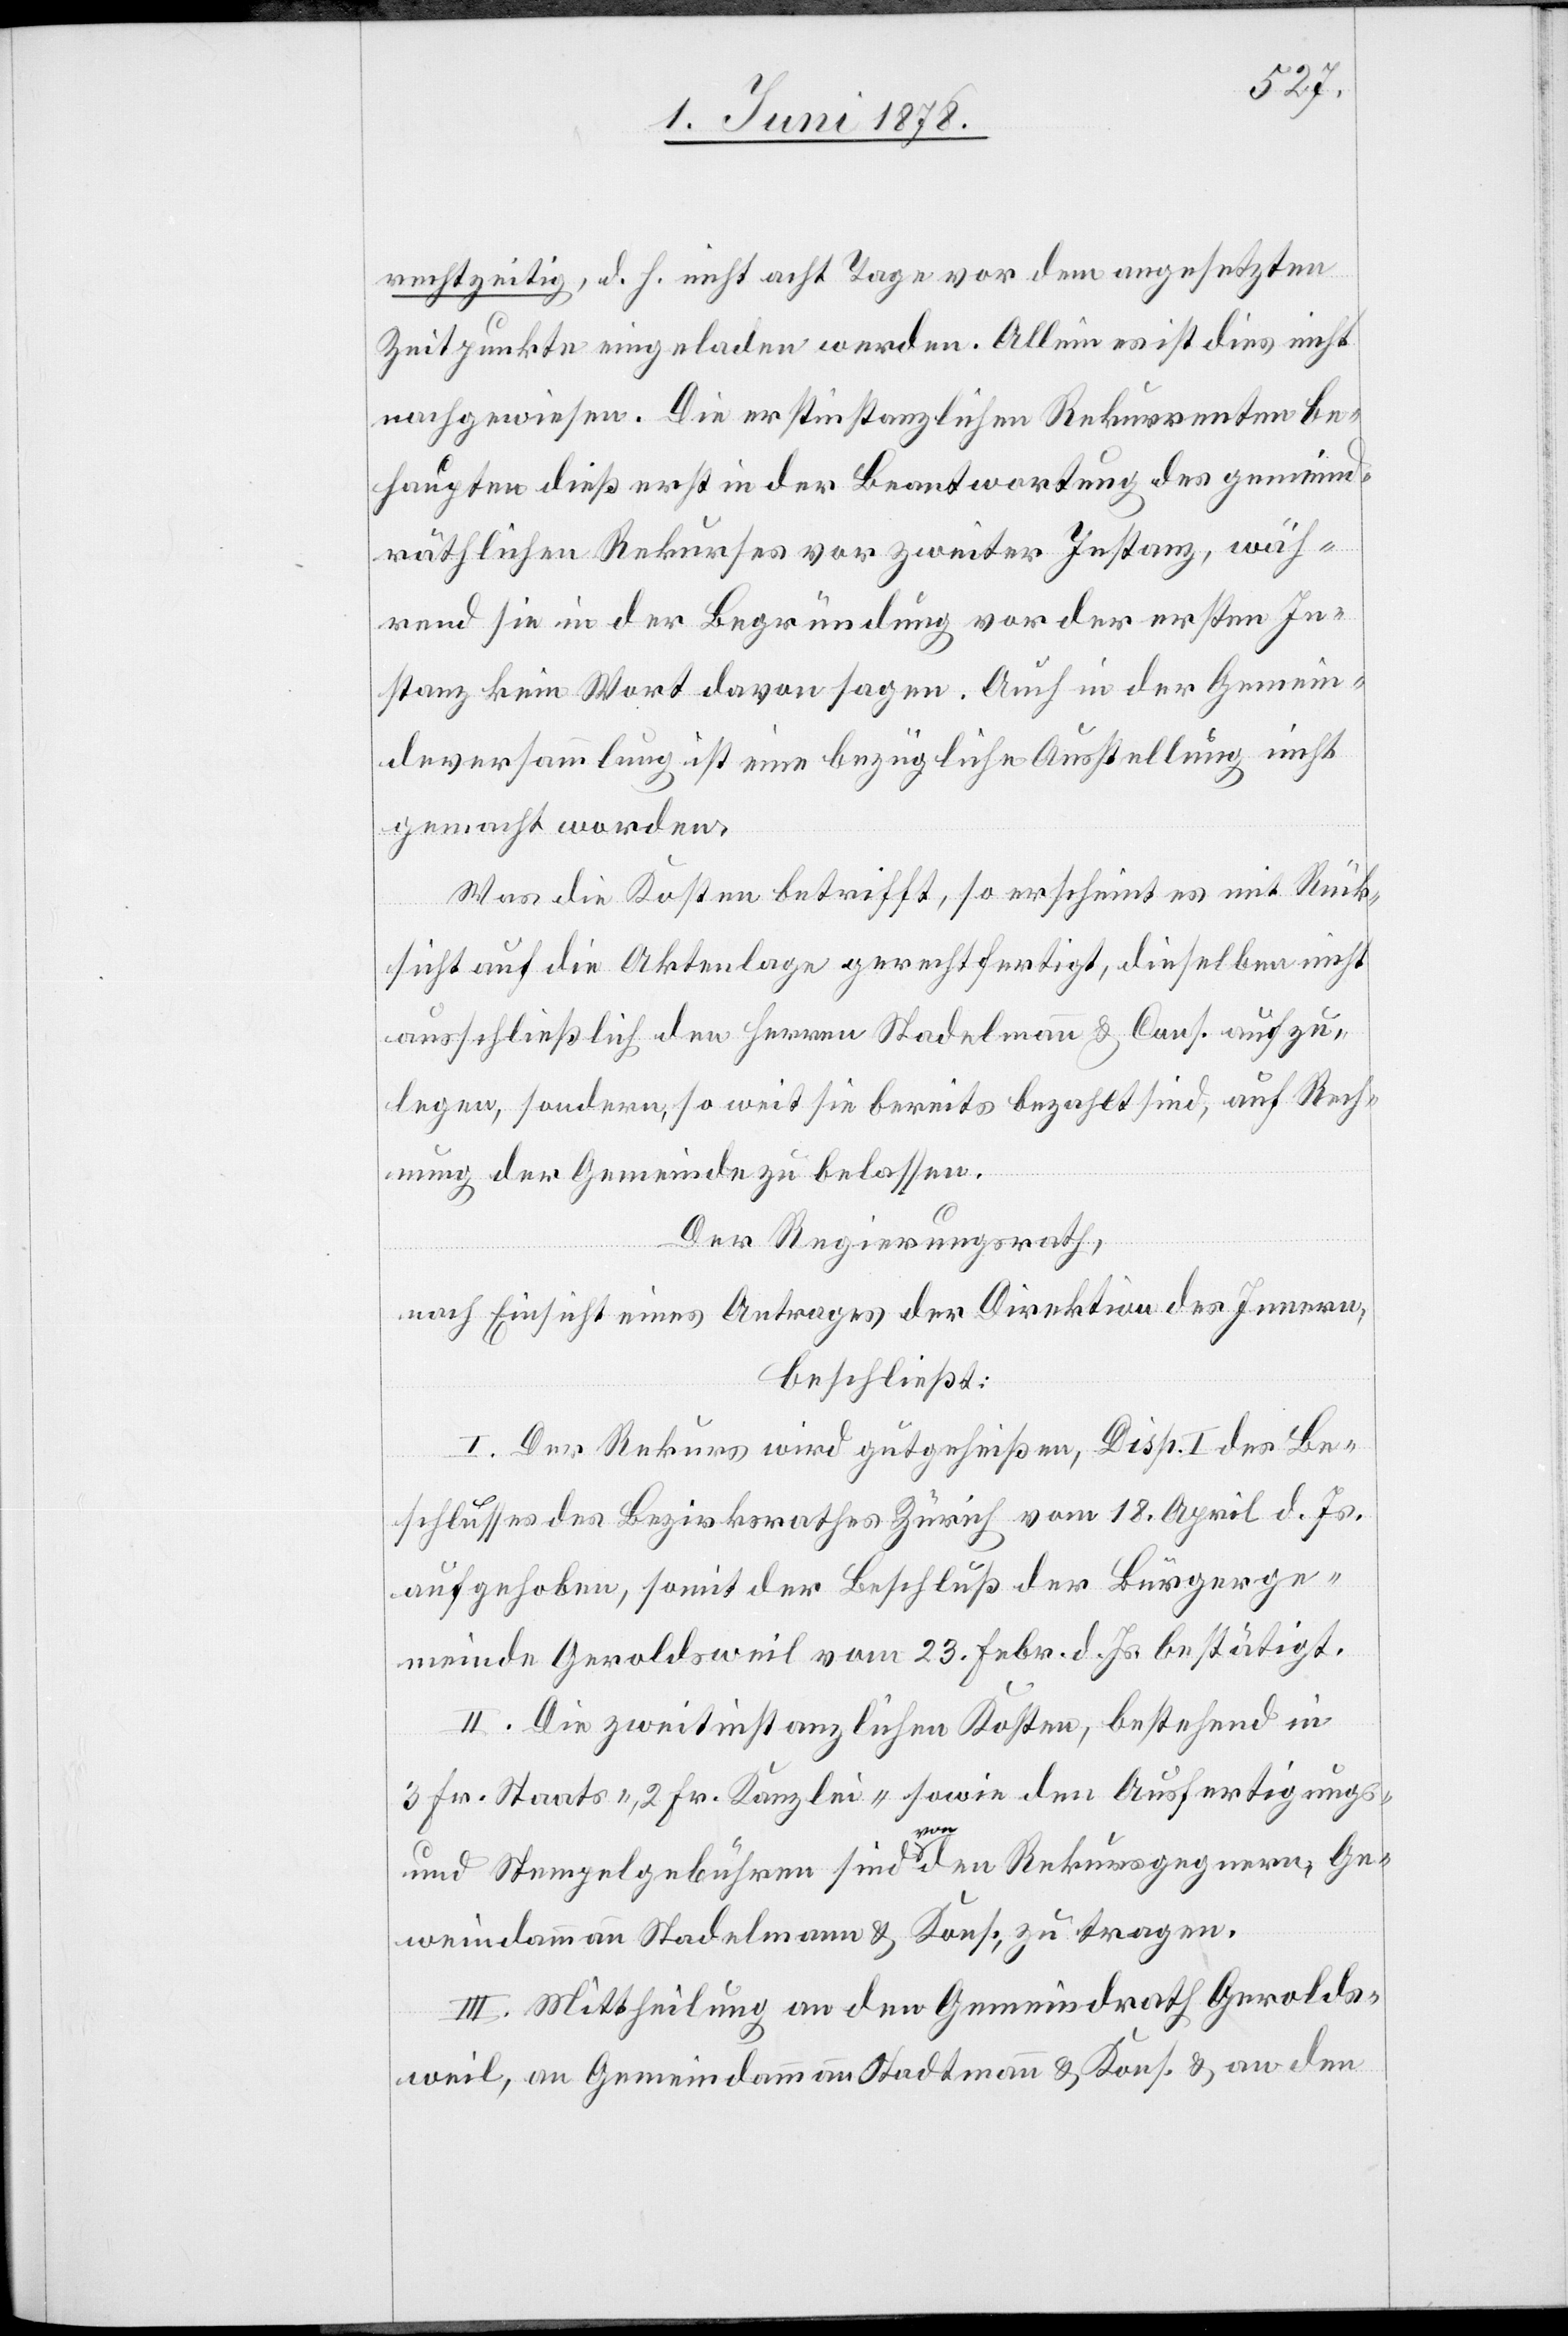
rechtzeitig, d. h. nicht acht Tage vor dem angesetzten
Zeitpunkte eingeladen werden. Allein es ist dies nicht
nachgewiesen. Die erstinstanzlichen Rekurrenten be¬
haupten dieß erst in der Beantwortung des gemeind¬
räthlichen Rekurses vor zweiter Instanz, wäh¬
rend sie in der Begründung vor der ersten In¬
stanz kein Wort davon sagen. Auch in der Gemein¬
deversammlung ist eine bezügliche Ausstellung nicht
gemacht worden.
Was die Kosten betrifft, so erscheint es mit Rück¬
sicht auf die Aktenlage gerechtfertigt, dieselben nicht
ausschließlich den Herren Stadelmann [sic!] & Cons. aufzu¬
legen, sondern, so weit sie bereits bezahlt sind, auf Rech¬
nung der Gemeinde zu belassen.
Der Regierungsrath,
nach Einsicht eines Antrages eines Antrages der Direktion des Innern,
beschließt:
I. Der Rekurs wird gutgeheißen, Disp. I des Be¬
schlusses des Bezirksrathes Zürich vom 18. April d. Js.
aufgehoben, somit der Beschluß der Bürgerge¬
meinde Geroldsweil vom 23. Febr. d. Js. bestätigt.
II. Die zweitinstanzlichen Kosten, bestehend in
3 Fr. Staats-, 2 Fr. Kanzlei- sowie den Ausfertigungs-
und Stempelgebühren sind von den Rekursgegnern, Ge¬
meindammann Stadelmann & Kons. zu tragen.
III. Mittheilung an den Gemeindrath Gerolds¬
weil, an Gemeindammann Stadtmann & Kons. & an den